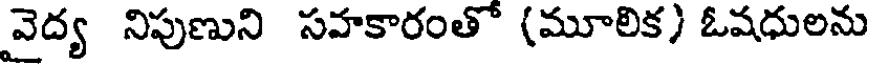
వైద్య నిపుణుని సహకారంతో (మూలిక) ఓషధులను